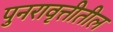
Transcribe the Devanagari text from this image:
पुनरावृत्तीतील